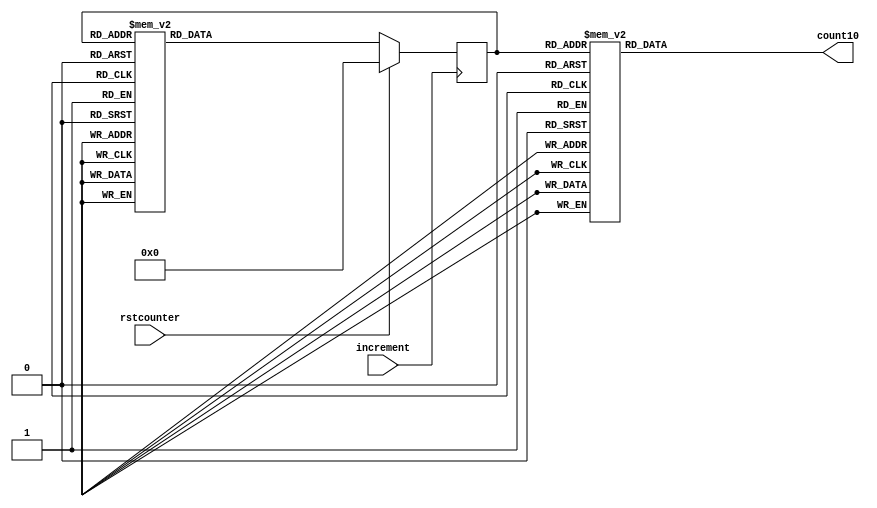
module countermod10(increment,rstcounter,count10);//Moore Based Counter
input increment,rstcounter;
output reg count10;
reg [3:0]state;
parameter S0=4'b0000,S1=4'b0001,S2=4'b0010,S3=4'b0011,S4=4'b0100,S5=4'b0101,S6=4'b0110,S7=4'b0111,S8=4'b1000,S9=4'b1001	;

always @(posedge increment)
begin
	if (rstcounter)
		state<=S0;
	else
		case(state)
			S0: state<=S1;
			S1: state<=S2;
			S2: state<=S3;
			S3: state<=S4;
			S4: state<=S5;
			S5: state<=S6;
			S6: state<=S7;
			S7: state<=S8;
			S8: state<=S9;
			S9: state<=S0;
			default : state<=S0;
		endcase
end

always @(state)
begin
	case(state)
			S0: count10<=0;
			S1: count10<=0;
			S2: count10<=0;
			S3: count10<=0;
			S4: count10<=0;
			S5: count10<=0;
			S6: count10<=0;
			S7: count10<=0;
			S8: count10<=0;
			S9: count10<=1;
			default : count10<=0;
	endcase
end
endmodule